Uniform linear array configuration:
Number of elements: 8
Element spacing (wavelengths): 0.25
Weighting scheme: exponential
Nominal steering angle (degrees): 15
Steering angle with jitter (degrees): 14.261
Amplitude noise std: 0.05
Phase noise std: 0.05

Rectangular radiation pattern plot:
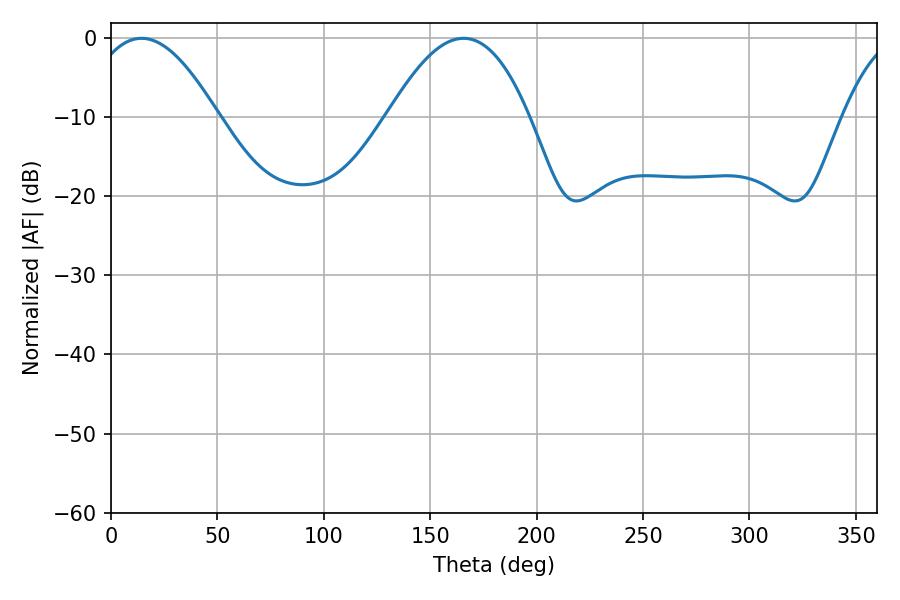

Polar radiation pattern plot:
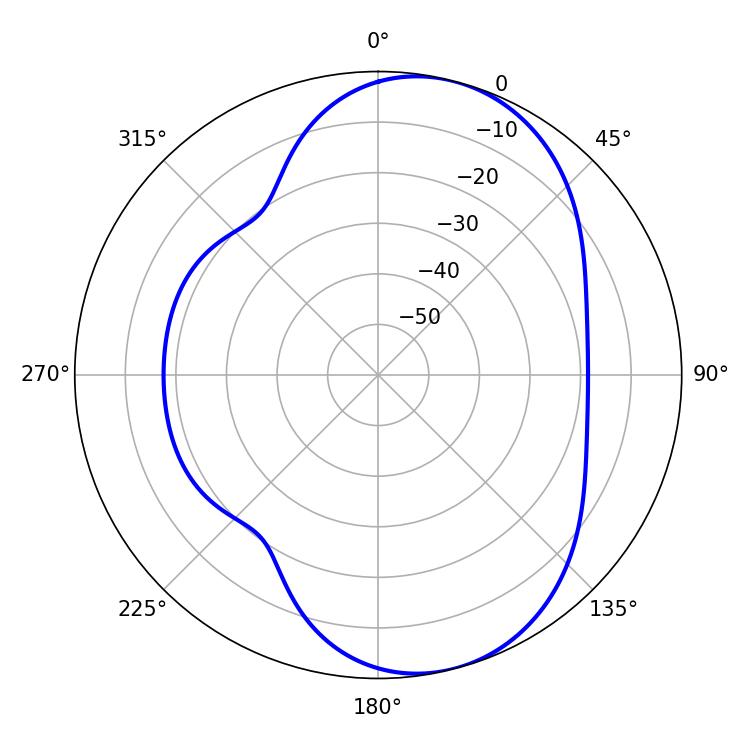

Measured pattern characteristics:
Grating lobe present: FALSE
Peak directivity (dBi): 7.473
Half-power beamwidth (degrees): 33.3
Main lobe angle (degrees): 14.4